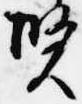
賢